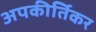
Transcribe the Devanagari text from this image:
अपकीर्तिकर